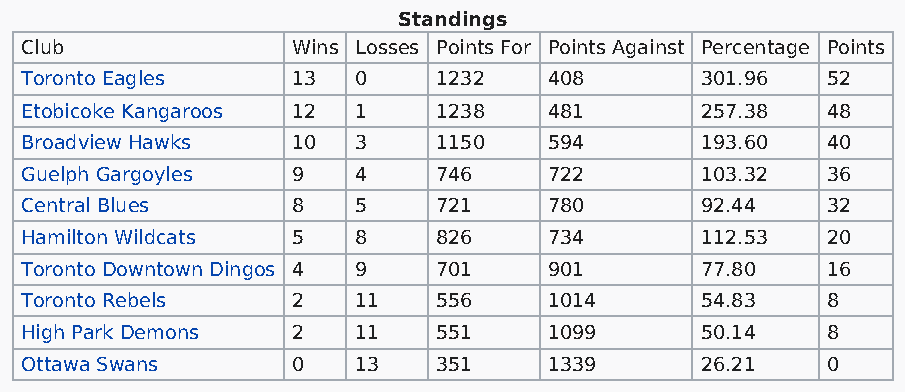
Standings
 Club              Wins Losses Points For Points Against Percentage Points
 Toronto Eagles    13  0     1232   408       301.96   52
 Etobicoke Kangaroos 12 1    1238   481       257.38   48
 Broadview Hawks   10  3     1150   594       193.60   40
 Guelph Gargoyles  9   4     746    722       103.32   36
 Central Blues     8   5     721    780       92.44    32
 Hamilton Wildcats 5   8     826    734       112.53   20
 Toronto Downtown Dingos 4 9 701    901       77.80    16
 Toronto Rebels    2   11    556    1014      54.83    8
 High Park Demons  2   11    551    1099      50.14    8
 Ottawa Swans      0   13    351    1339      26.21    0